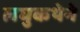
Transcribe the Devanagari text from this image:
लघुकथेने